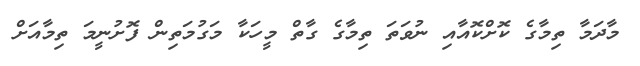
މާދަމާ ތިމާގެ ކޮށްކޮއާއި ނުވަތަ ތިމާގެ ގާތް މީހަކާ މަގުމަތިން ފޮށުނީމަ ތިމާއަށް